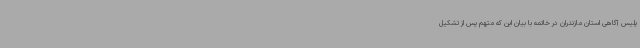
پلیس آگاهی استان مازندران در خاتمه با بیان این که متهم پس از تشکیل